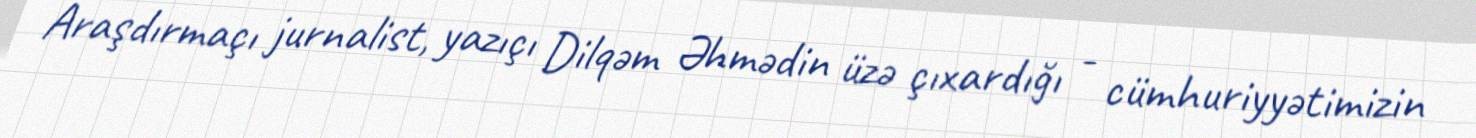
Araşdırmaçı jurnalist, yazıçı Dilqəm Əhmədin üzə çıxardığı - cümhuriyyətimizin